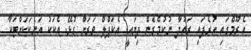
އެރޫމްގައި ހުރެފައި ރައުދާ ނުކުމެގެން ދިޔައީ. އެކަޕްލް ވަރަށް ގުޅޭ. އެކަކު އަނެކަކަށްޓަކާ